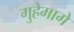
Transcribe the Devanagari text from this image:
गुहेमागे